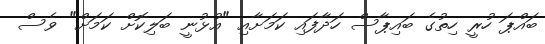
ބައްޕަ ހުރީ ހިތުގެ ބައިޕާސް ހަދާފައި ކަމަށާއި "އުޅުނީ ބަލިކޮށް ކަމަށް" ވެސް